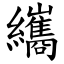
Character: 纗